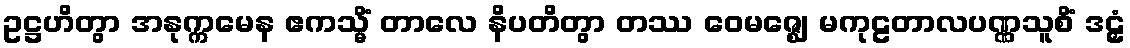
ဥဋ္ဌဟိတွာ အနုက္ကမေန ဧကသ္မိံ တာလေ နိပတိတွာ တဿ ဝေမဇ္ဈေ မကုဠတာလပဏ္ဏသူစိံ ဒဠှံ